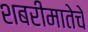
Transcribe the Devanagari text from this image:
शबरीमातेचे